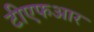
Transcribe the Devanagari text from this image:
टीएफआर